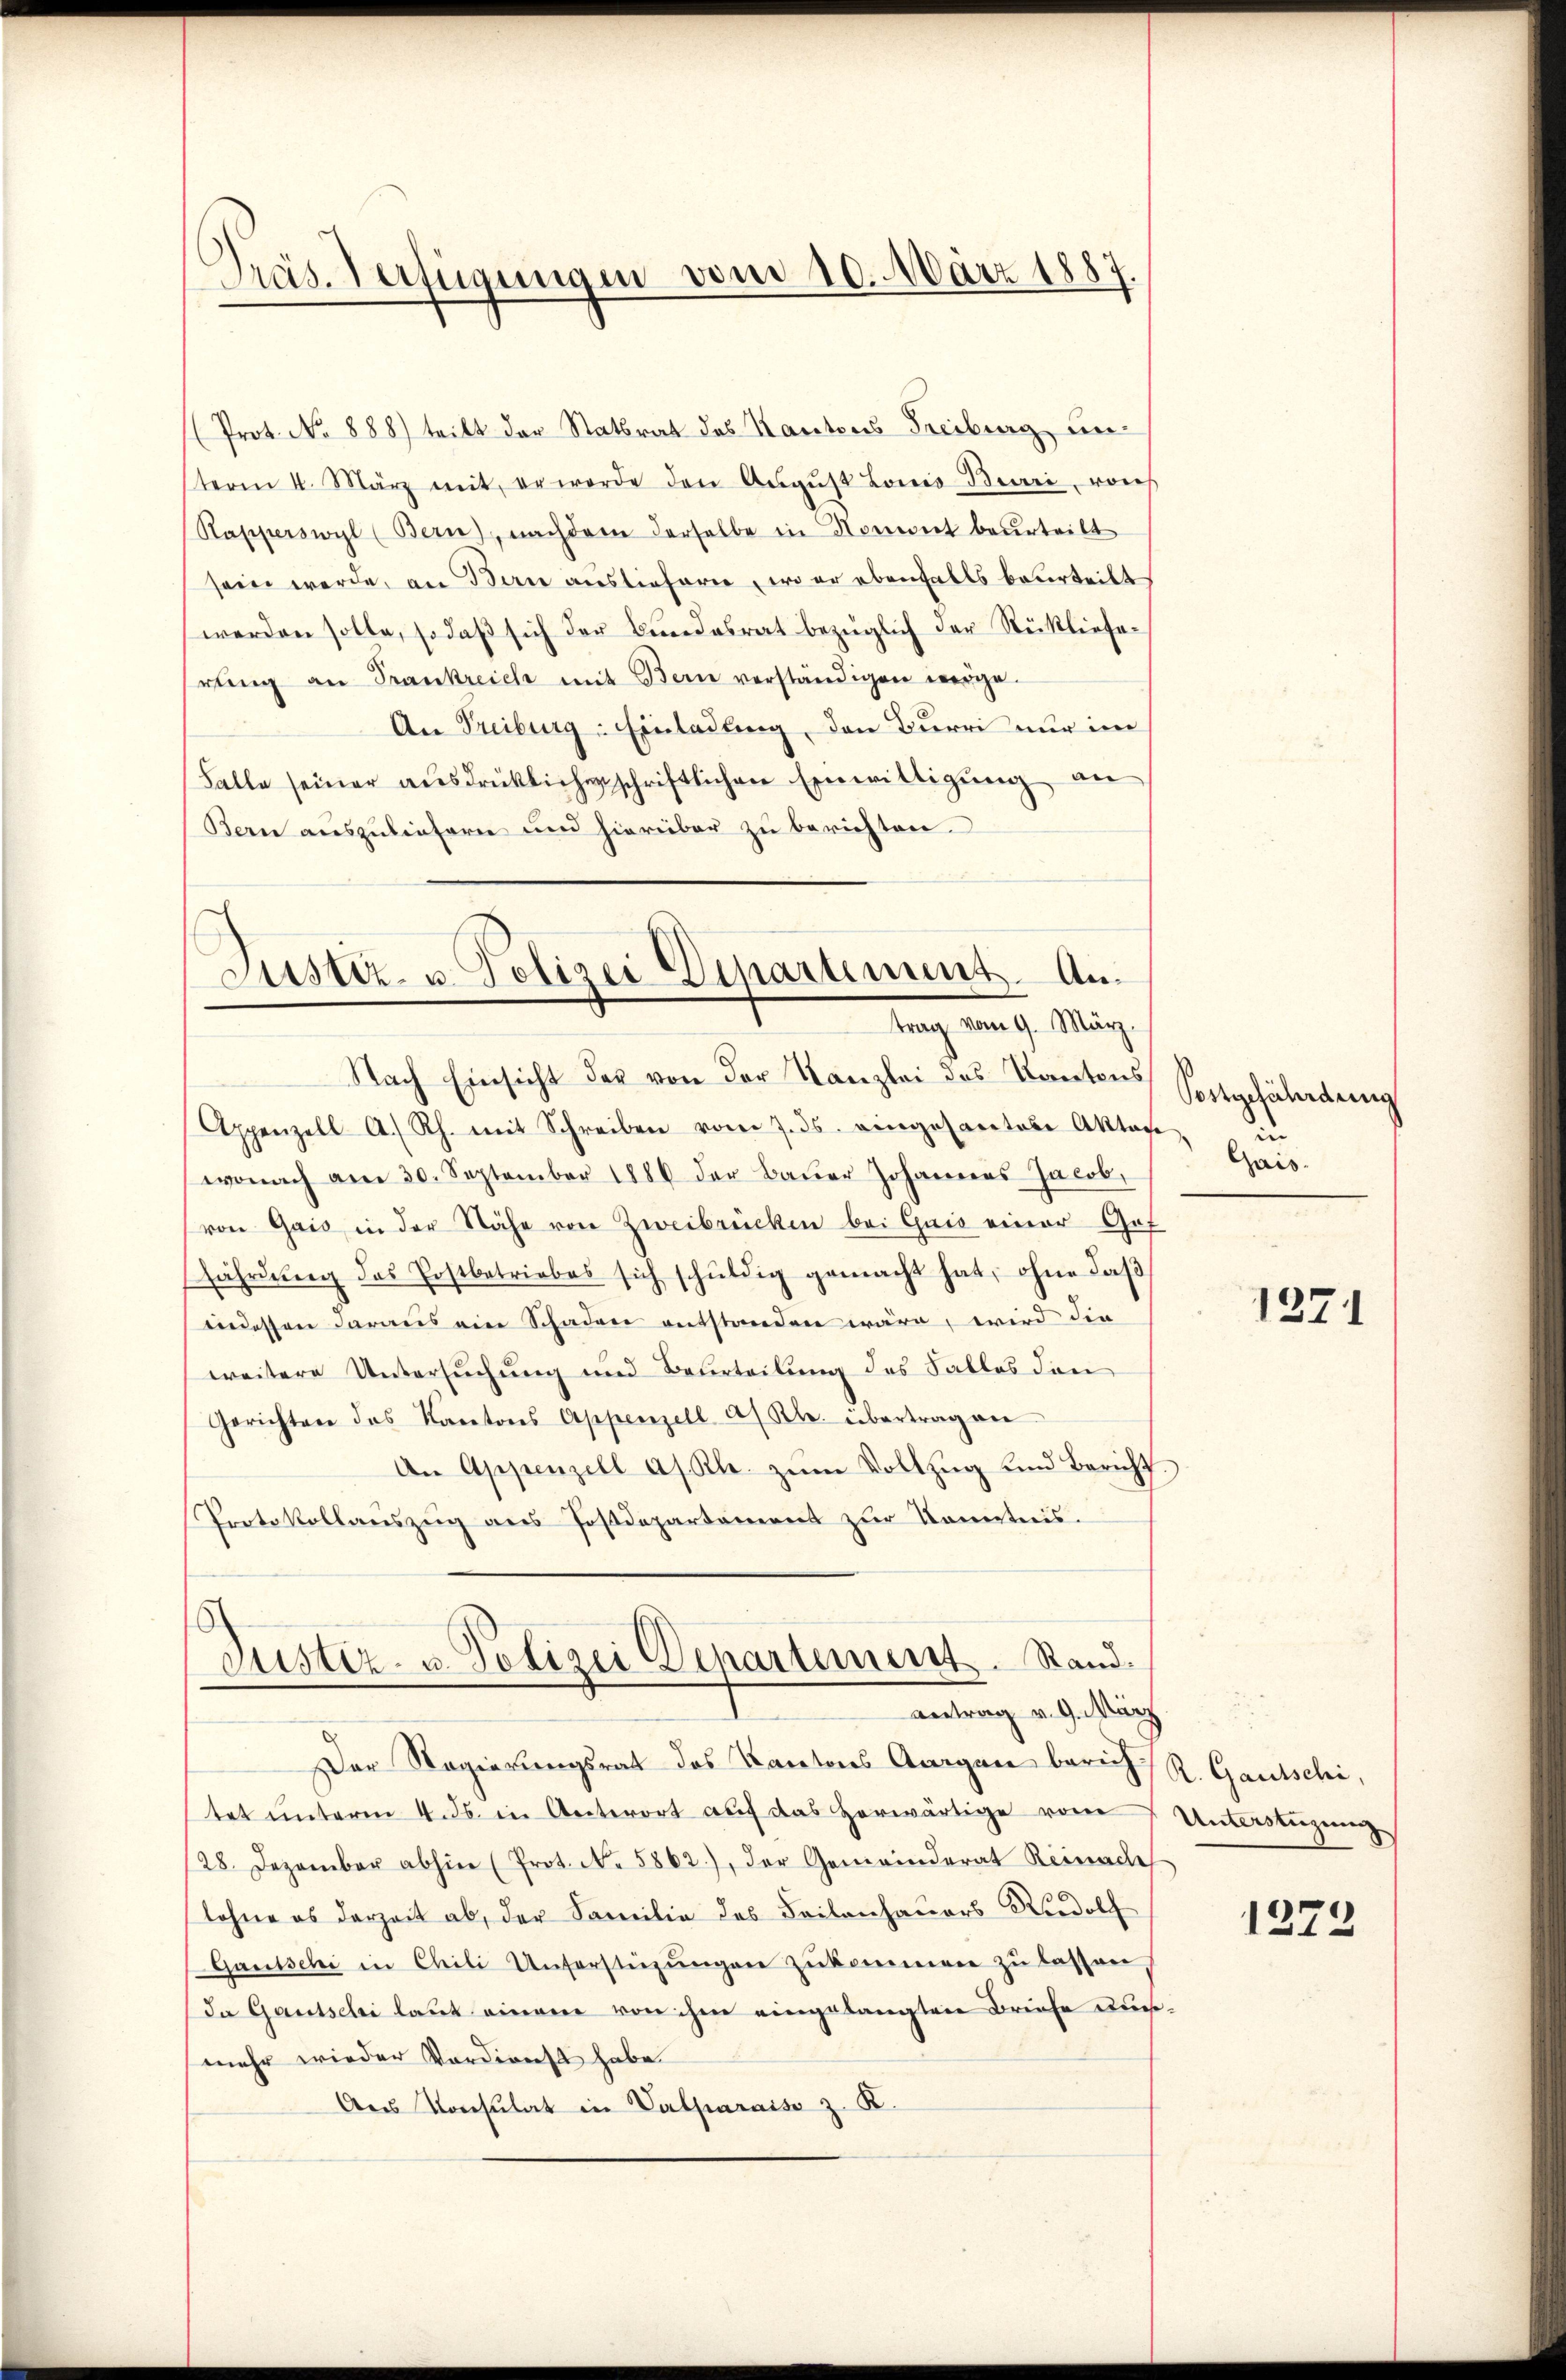
Präs. Verfügungen vom 10. März 1887.

Prot. No 888) tritt der Stattrat des Kantons Freiburg unteren 4. März mit, er werde den Aŭgŭst Louis Bieri, von
Rapperswyl (Bern, nachdem derselbe in Nomont beurteilt
sein werde, an Bern auslieferen, wo er ebenfalls beurteilt
werden solle, so daβ sich der Bundesrat bezüglich der Stückliefe-
Erling an Frankreich mit Bern verständigen weige.
An Freiburg: Einladung, den Burri nur im
Falle seiner aŭsdrüklicherschriftlichen Einwilligŭng an
Bern auszuliefern und hierüber zu berichten.

Justiz- u. Polizei Departement. Antrag vom 9. März.

Nach Einsicht der von der Kanzlei des Kantons¬
Appenzell A. Rh. mit Schreiben vom 7. ds. eingesartete Akten,
wonach am 30. September 1886 der Baŭer Johannes Jacob,
von Gais in der Nähe von Zweibrücken bei Gais einer Gof
fährdŭng des Postbetriebes sich schŭldig gemacht hat, ohne daβ
indessen daraus ein Schaden entstanden wäre, wird die
weitere Untersuchung und Beurteilung des Falles den
Gerichten das Kantons Appenzell af Kl. übertragen
An Appenzell a/Rh. zŭm Vollzug und Bericht.
Protokollaŭszŭg ans Postdepartement zŭr Kenntnis.
Justiz- u. Polizei Departement. Stand.
Antrag v. 9. März
Der Regierungsrat des Kantons Aargau berich R. Gautschi,
tet unterm 4. ds. in Unterort auf das herwärtige von Unterstüzung
28. Dezember abhin (Prot. No. 5862), der Gemeinderat Reinach
lohne es derzeit ab, der Familie des Seitenhauers Rudolf
Gautschi in Chili Unterstüzŭngen zukommen zu lassen.
Da Gautschi laut einem von ihm eingelangten Briefe nunmehr wieder Verdienst habe.
Ans Konsulat in Valparaiso z. K.

Postgefährdung
Gais.

1371

1273